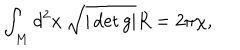
LaTeX: \int _ { M } d ^ { 2 } x \ \sqrt { | \det g | } R = 2 \pi \chi ,